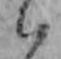
ハ